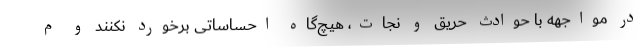
در مواجهه با حوادث حریق و نجات، هیچ‌گاه احساساتی برخورد نکنند و م